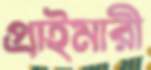
প্রাইমারী